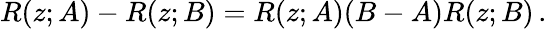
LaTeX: R(z;A)-R(z;B)=R(z;A)(B-A)R(z;B)\, .